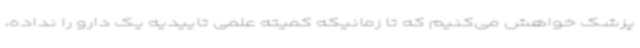
پزشک خواهش می‌کنیم که تا زمانیکه کمیته علمی تاییدیه یک دارو را نداده،